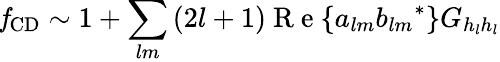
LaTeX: \mathit{f}_{\mathrm{{CD}}}\sim 1+\sum_{lm}\left(2l+1\right)\mathrm{~R~e~}\{ a_{lm}{b_{lm}}^{*}\} G_{h_{l}h_{l}}